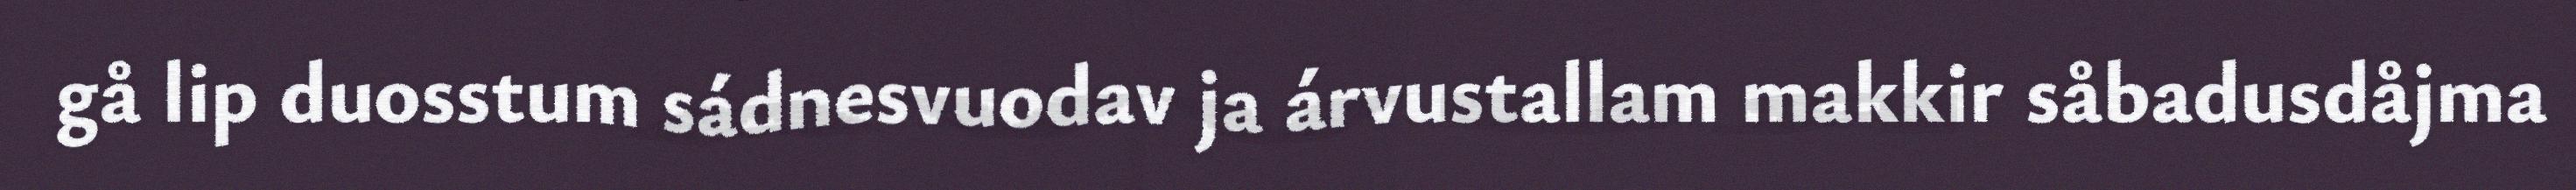
gå lip duosstum sádnesvuodav ja árvustallam makkir såbadusdåjma